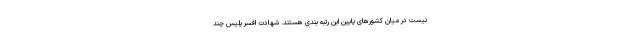
نیست در میان کشورهای پایین این رتبه بندی هستند. شهادت افسر پلیس چند